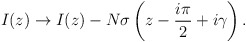
\begin{align*}I(z) \rightarrow I(z) - N \sigma\left(z-\frac{i\pi}{2}+i\gamma\right).\end{align*}